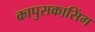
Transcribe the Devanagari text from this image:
कापुसकासिंग